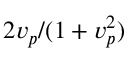
2 v _ { p } / ( 1 + v _ { p } ^ { 2 } )